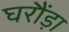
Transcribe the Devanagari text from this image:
घरौंड़ा